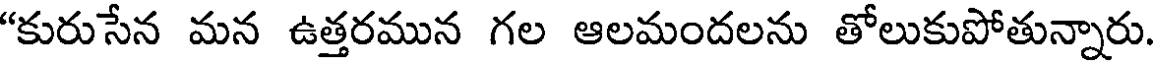
"కురుసేన మన ఉత్తరమున గల ఆలమందలను తోలుకుపోతున్నారు.